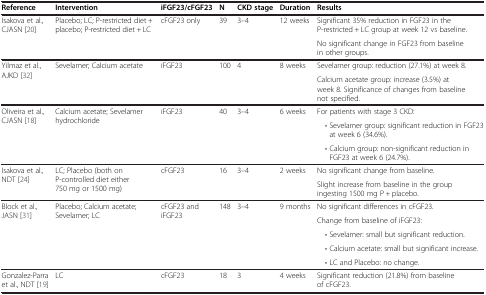
| Reference | Intervention | iFGF23/cFGF23 | N | CKD stage | Duration | Results |
 | --- | --- | --- | --- | --- | --- | --- |
 | <ROWSPAN=2> Isakova et al., CJASN [20] | <ROWSPAN=2> Placebo; LC; P-restricted diet + placebo; P-restricted diet + LC | <ROWSPAN=2> cFGF23 only | <ROWSPAN=2> 39 | <ROWSPAN=2> 3–4 | <ROWSPAN=2> 12 weeks | Significant 35% reduction in FGF23 in the P-restricted + LC group at week 12 vs baseline. |
 | No significant change in FGF23 from baseline in other groups. |
 | <ROWSPAN=2> Yilmaz et al., AJKD [32] | <ROWSPAN=2> Sevelamer; Calcium acetate | <ROWSPAN=2> iFGF23 | <ROWSPAN=2> 100 | <ROWSPAN=2> 4 | <ROWSPAN=2> 8 weeks | Sevelamer group: reduction (27.1%) at week 8. |
 | Calcium acetate group: increase (3.5%) at week 8. Significance of changes from baseline not specified. |
 | <ROWSPAN=3> Oliveira et al., CJASN [18] | <ROWSPAN=3> Calcium acetate; Sevelamer hydrochloride | <ROWSPAN=3> iFGF23 | <ROWSPAN=3> 40 | <ROWSPAN=3> 3–4 | <ROWSPAN=3> 6 weeks | For patients with stage 3 CKD: |
 | • Sevelamer group: significant reduction in FGF23 at week 6 (34.6%). |
 | • Calcium group: non-significant reduction in FGF23 at week 6 (24.7%). |
 | <ROWSPAN=2> Isakova et al., NDT [24] | <ROWSPAN=2> LC; Placebo (both on P-controlled diet either 750 mg or 1500 mg) | <ROWSPAN=2> cFGF23 | <ROWSPAN=2> 16 | <ROWSPAN=2> 3–4 | <ROWSPAN=2> 2 weeks | No significant change from baseline. |
 | Slight increase from baseline in the group ingesting 1500 mg P + placebo. |
 | <ROWSPAN=5> Block et al., JASN [31] | <ROWSPAN=5> Placebo; Calcium acetate; Sevelamer; LC | <ROWSPAN=5> cFGF23 and iFGF23 | <ROWSPAN=5> 148 | <ROWSPAN=5> 3–4 | <ROWSPAN=5> 9 months | No significant differences in cFGF23. |
 | Change from baseline of iFGF23: |
 | • Sevelamer: small but significant reduction. |
 | • Calcium acetate: small but significant increase. |
 | • LC and Placebo: no change. |
 | Gonzalez-Parra et al., NDT [19] | LC | cFGF23 | 18 | 3 | 4 weeks | Significant reduction (21.8%) from baseline of cFGF23. |